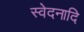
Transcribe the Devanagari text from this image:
स्वेदनादि